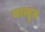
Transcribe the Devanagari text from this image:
चाम्ब्रून